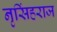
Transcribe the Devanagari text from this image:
नृसिंहराज